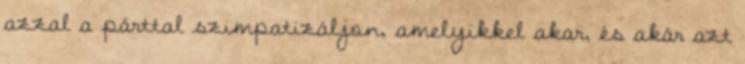
azzal a párttal szimpatizáljon, amelyikkel akar, és akár azt